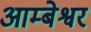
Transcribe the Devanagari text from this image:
आम्बेश्वर